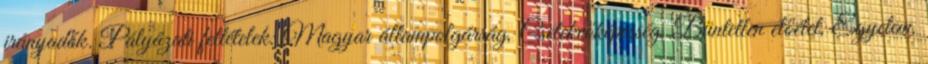
irányadók. Pályázati feltételek: Magyar állampolgárság, Cselekvőképesség, Büntetlen előélet, Egyetem,